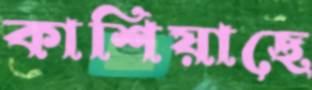
কাশিয়াছে